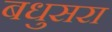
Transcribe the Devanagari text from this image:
बधुसरा